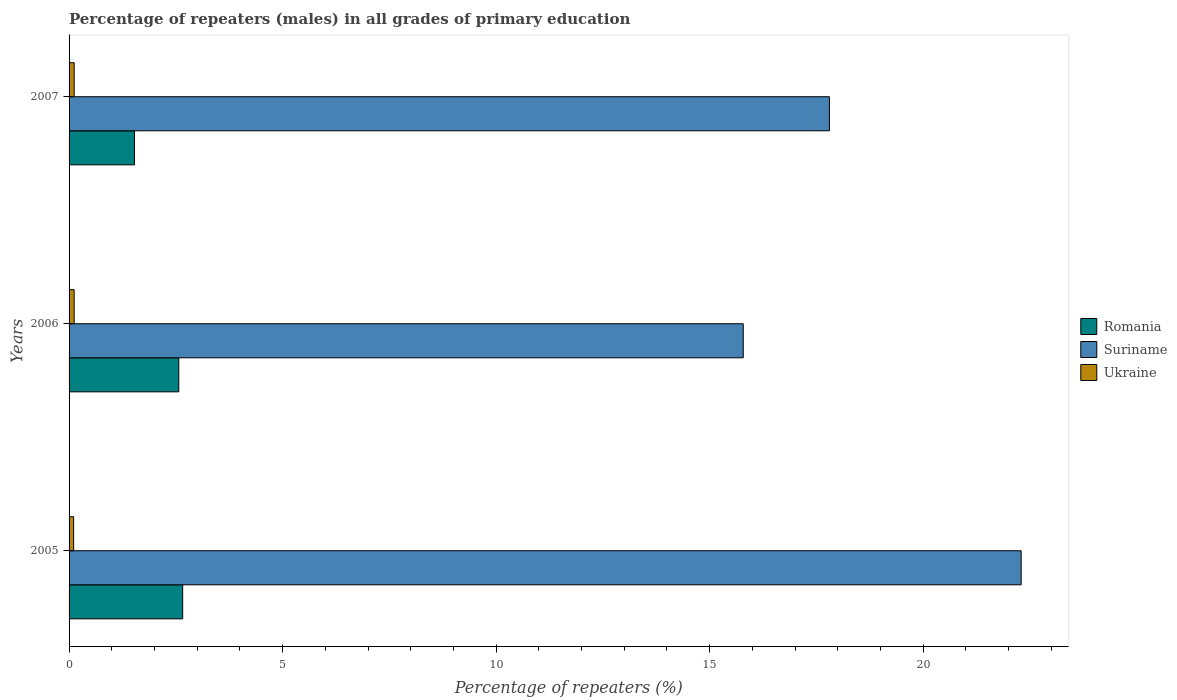
| Years | Romania | Suriname | Ukraine |
 | --- | --- | --- | --- |
 | 2005 | 2.66 | 22.3 | 0.107 |
 | 2006 | 2.57 | 15.8 | 0.119 |
 | 2007 | 1.53 | 17.8 | 0.119 |